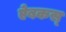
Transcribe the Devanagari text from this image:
ऐबकस्